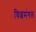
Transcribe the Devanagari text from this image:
विल्वमंगल